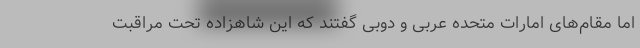
اما مقام‌های امارات متحده عربی و دوبی گفتند که این شاهزاده تحت مراقبت